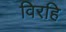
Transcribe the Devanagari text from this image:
विरहि